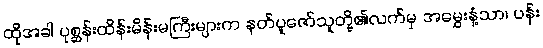
ထိုအခါ ပုစ္ဆန်းထိန်းမိန်းမကြီးများက နတ်ပူဇော်သူတို့၏လက်မှ အမွှေးနံ့သာ၊ ပန်း